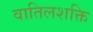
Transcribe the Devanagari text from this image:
वातिलशक्ति